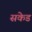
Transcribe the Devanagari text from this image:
सकेड